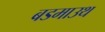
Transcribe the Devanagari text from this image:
बडमाउथ